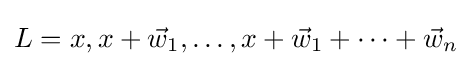
L=x,x+{\vec {w}}_{1},\ldots ,x+{\vec {w}}_{1}+\cdots +{\vec {w}}_{n}